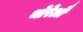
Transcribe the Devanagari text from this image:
थोरेऔ